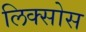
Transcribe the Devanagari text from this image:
लिक्सोस